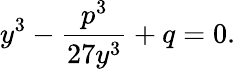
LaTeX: y^{3}-\frac{p^{3}}{27y^{3}}+q=0.